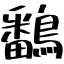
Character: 鷭